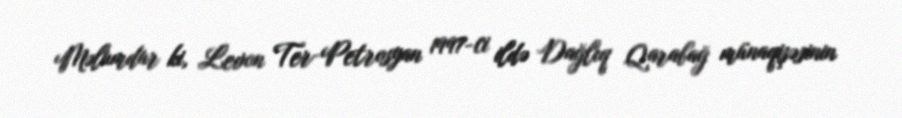
Məlumdur ki, Levon Ter-Petrosyan 1997-ci ildə Dağlıq Qarabağ münaqişəsinin